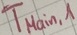
Text: TMain,1